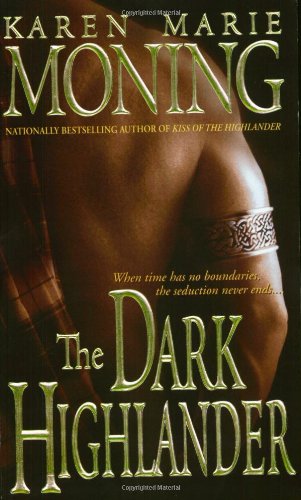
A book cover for The Dark Highlander (The Highlander Series, Book 5); Karen Marie Moning; Romance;